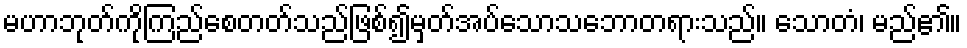
မဟာဘုတ်ကိုကြည်စေတတ်သည်ဖြစ်၍မှတ်အပ်သောသဘောတရားသည်။ သောတံ၊ မည်၏။